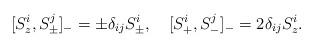
LaTeX: \begin{align*}[S\sp i\sb z, S\sp j\sb \pm ]\sb - = \pm\delta\sb{ij}S\sp i\sb \pm ,\quad [S\sp i\sb +, S\sp j\sb - ]\sb - = 2\delta\sb{ij}S\sp i\sb z .\end{align*}